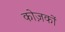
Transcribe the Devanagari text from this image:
कोज़कों